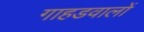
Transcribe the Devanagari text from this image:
गाहडवालों